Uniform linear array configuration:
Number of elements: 48
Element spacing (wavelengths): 0.75
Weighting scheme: uniform
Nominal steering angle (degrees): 60
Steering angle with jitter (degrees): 60.501
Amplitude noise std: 0.05
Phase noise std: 0.05

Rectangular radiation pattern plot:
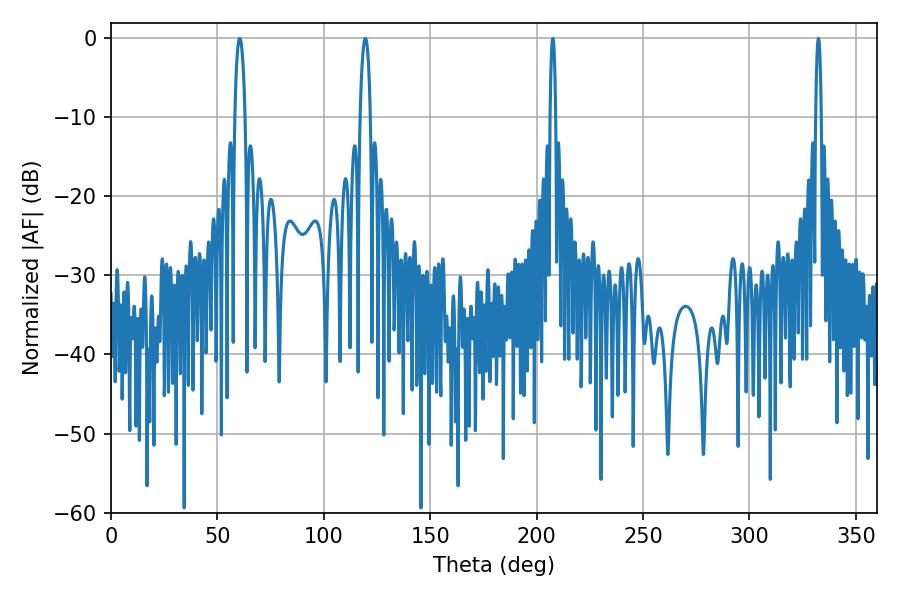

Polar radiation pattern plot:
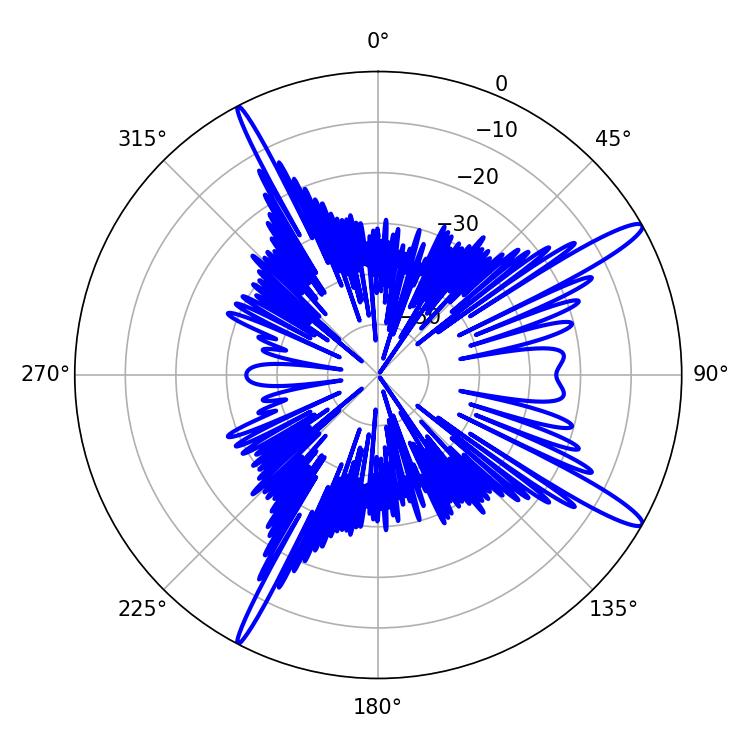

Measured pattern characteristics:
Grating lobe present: TRUE
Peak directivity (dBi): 14.603
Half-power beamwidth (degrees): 2.7
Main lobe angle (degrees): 60.48